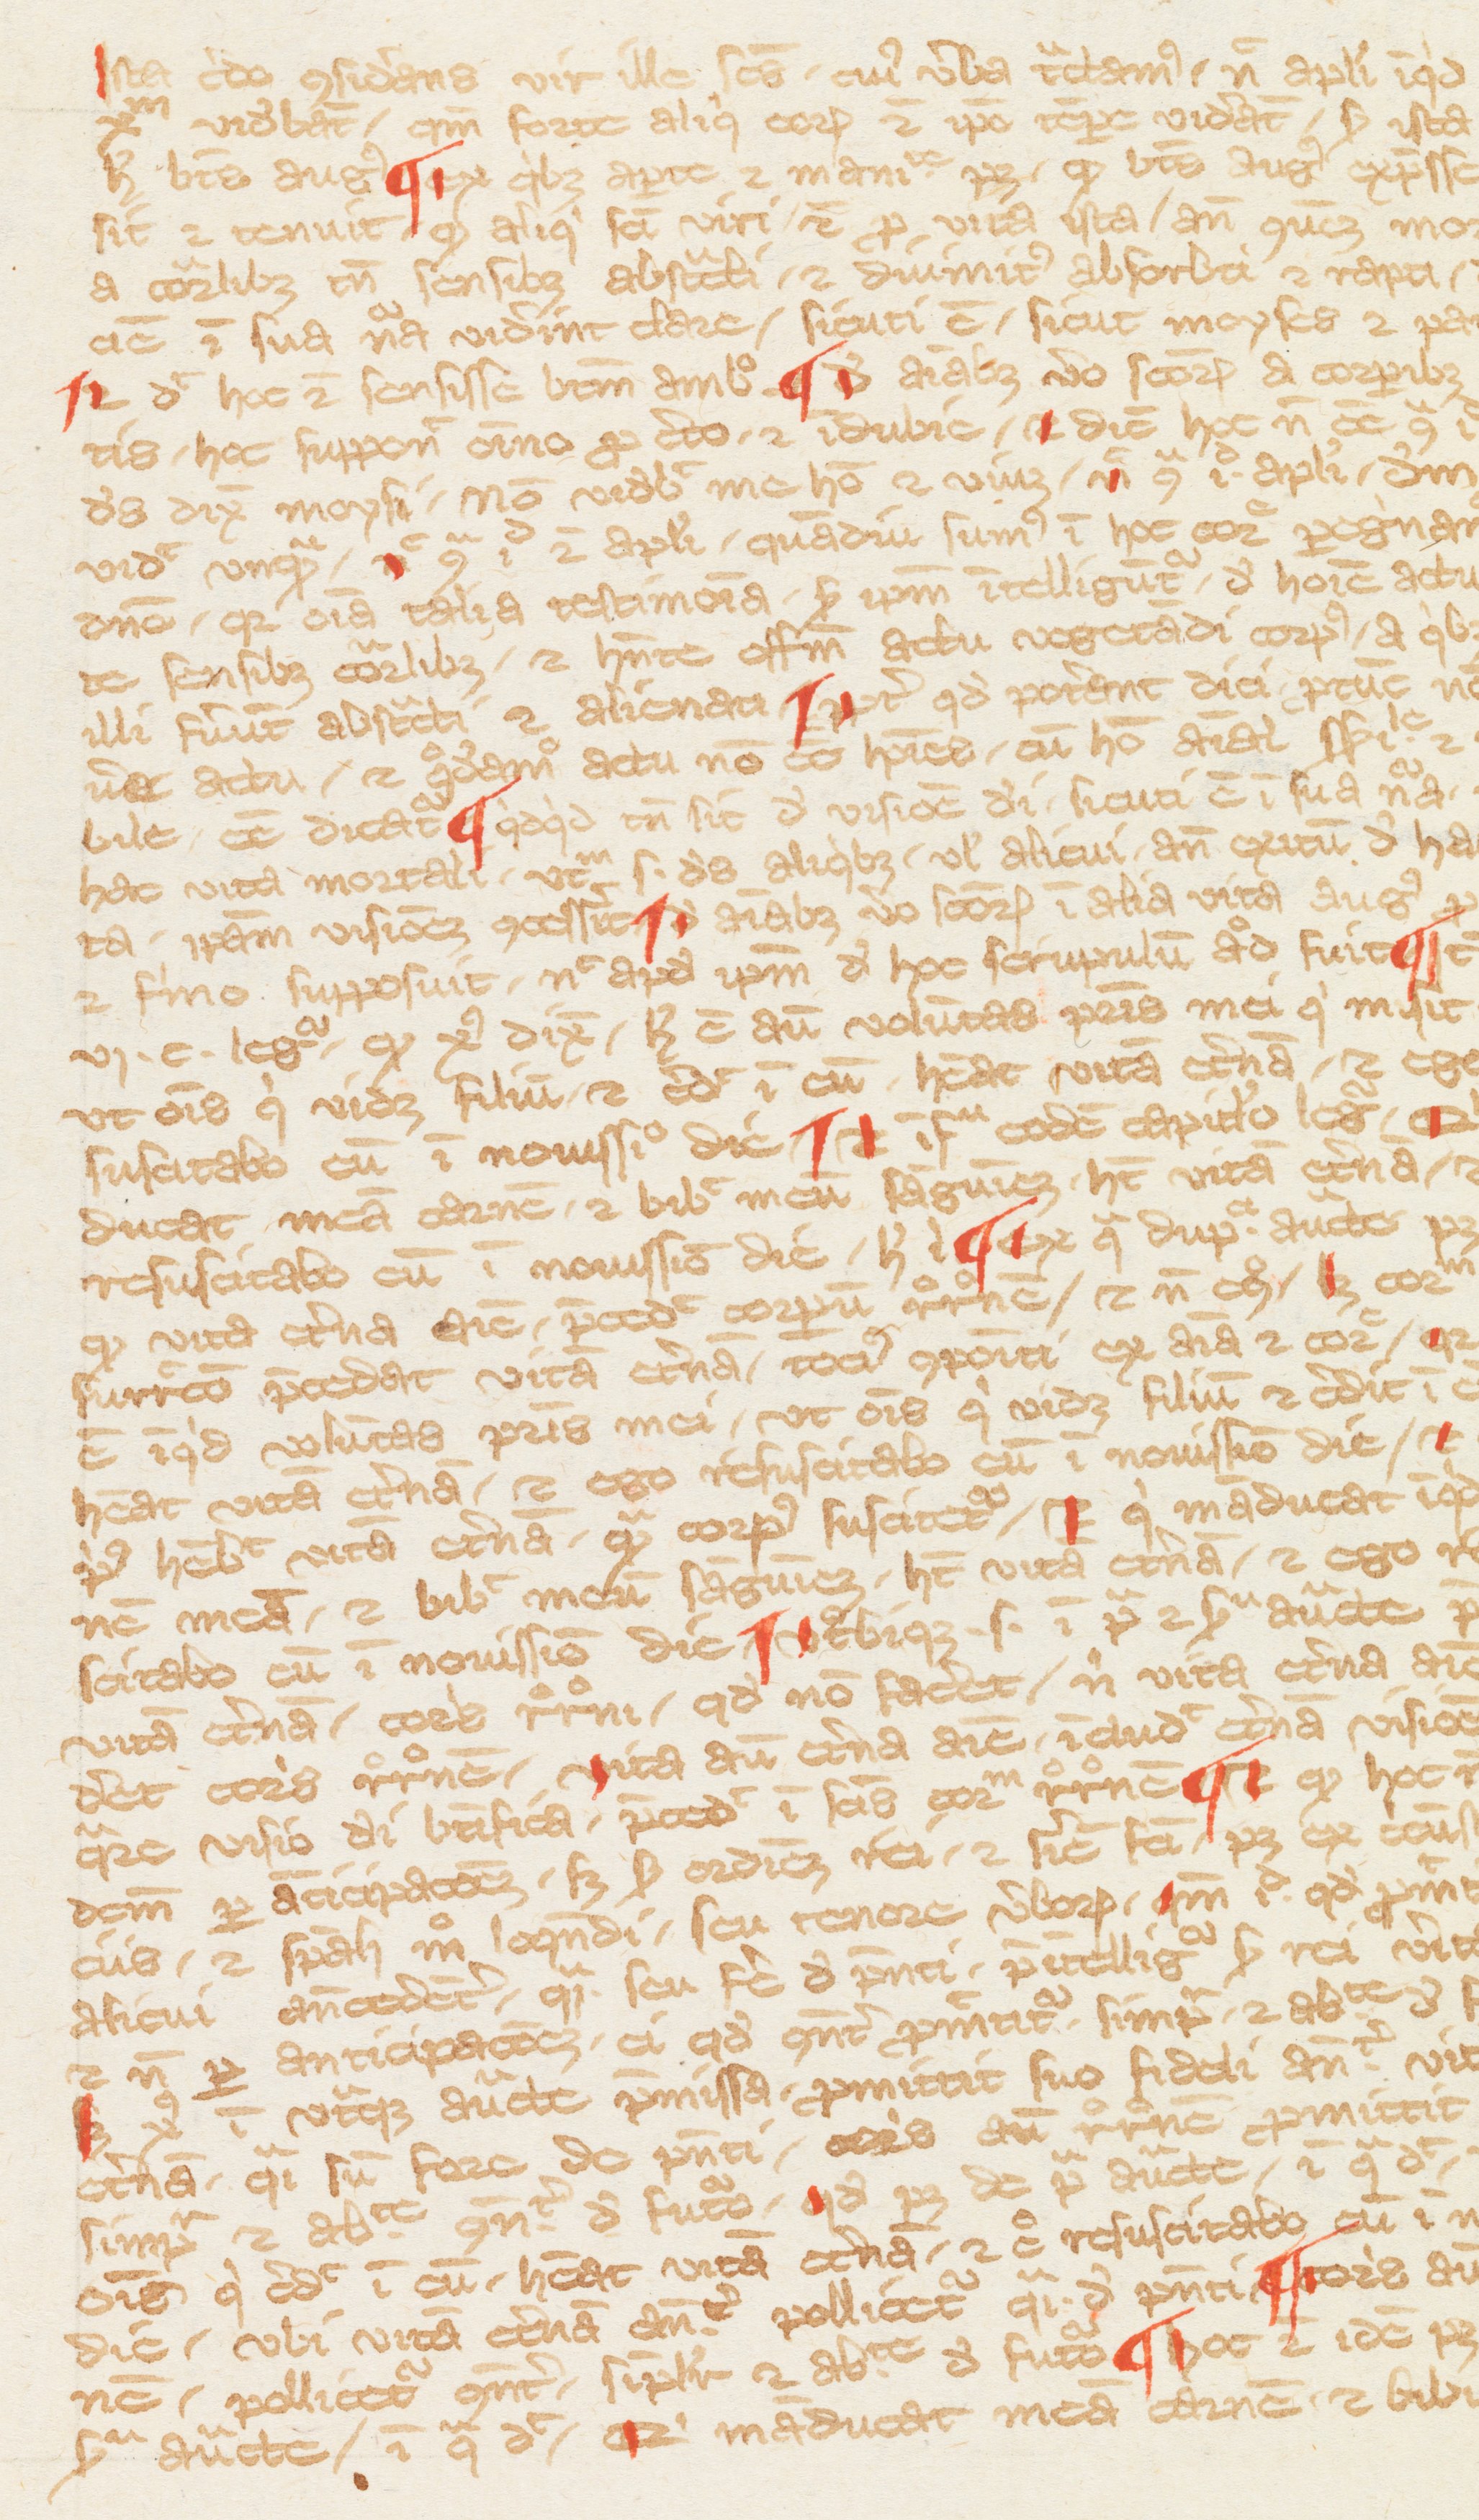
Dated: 1400–1424